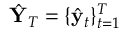
\hat { \mathbf { Y } } _ { T } = \{ \hat { \mathbf { y } } _ { t } \} _ { t = 1 } ^ { T }